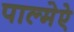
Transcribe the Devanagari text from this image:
पाल्मेऐ